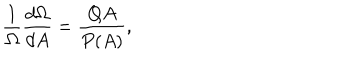
LaTeX: \frac { 1 } { \Omega } \frac { d \Omega } { d A } = \frac { Q A } { P ( A ) } ,